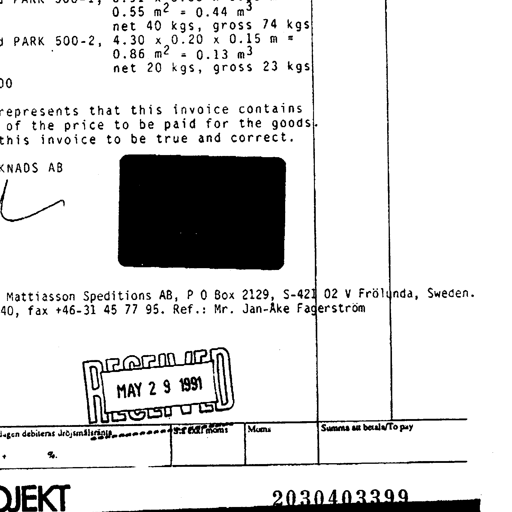
0.55 m² = 0.44 m³
net 40 kgs, gross 74 kgs
PARK 500-2, 4.30 x 0.20 x 0.15 m =
0.86 m² = 0.13 m³
net 20 kgs, gross 23 kgs
represents that this invoice contains
of the price to be paid for the goods
this invoice to be true and correct.
KNADS AB
~
Mattiasson Speditions AB, P O Box 2129, S-421 02 V Frölunda, Sweden.
40, fax +46-31 45 77 95. Ref.: Mr. Jan-Åke Fagerström
RECEIVED
MAY 2 9 1991
ägen debiteras dröjsmålsränta ...........% Exkl moms Moms Summa att betala/To pay
+ %
OJEKT 2030403399